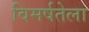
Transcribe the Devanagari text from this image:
विमर्षतेला